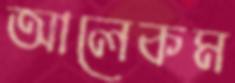
আলেকম